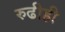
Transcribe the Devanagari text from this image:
रुढीही